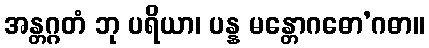
အန္တဂ္ဂတံ ဘု ပရိယာ၊ ပန္န မန္တောဂဓော’ဂဓာ။